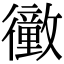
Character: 𢖜